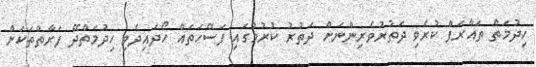
ހިދުމަތް ތައާރަފް ކުރެވި ދަތުރުވެރިންނަށް ދަތުރު ކުރުމުގައި ފަސޭހަތައް ހޯދައިދެވި ހިދުމަތްދޭ ފަރާތްތަކަށް